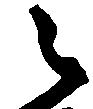
々